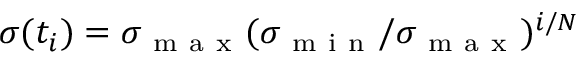
\sigma ( t _ { i } ) = \sigma _ { \mathrm { ~ m ~ a ~ x ~ } } ( \sigma _ { \mathrm { ~ m ~ i ~ n ~ } } / \sigma _ { \mathrm { ~ m ~ a ~ x ~ } } ) ^ { i / N }